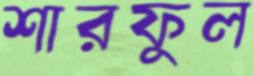
শারফুল